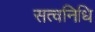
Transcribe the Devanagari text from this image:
सत्वनिधि